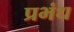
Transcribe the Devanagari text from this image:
प्रभंध